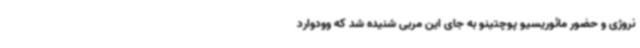
نروژی و حضور مائوریسیو پوچتینو به جای این مربی شنیده شد که وودوارد